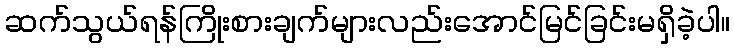
ဆက်သွယ်ရန်ကြိုးစားချက်များလည်းအောင်မြင်ခြင်းမရှိခဲ့ပါ။